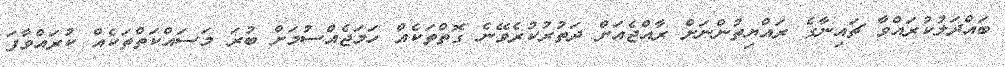
ބައްދަލުކުރައްވާ ޗައިނާގެ ރައްޔިތުންނަށް ރާއްޖެއަށް ދަތުރުކުރެވޭނެ ގޮތްތަކެއް ހަމަޖެއްސުމަށް ބުރަ މަސައްކަތްތަކެއް ކުރައްވާފަ